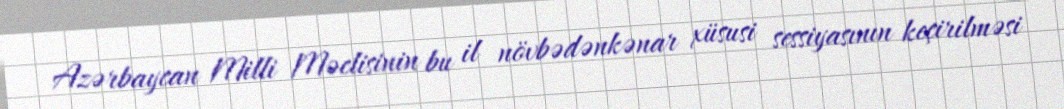
Azərbaycan Milli Məclisinin bu il növbədənkənar xüsusi sessiyasının keçirilməsi